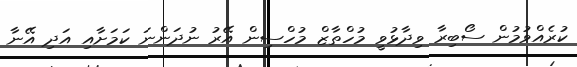
ކުރެއްވުމުން ސޯބިރާ ވިދާޅުވީ މުހްތާޒް މުހްސިން އޭރު ނުދަންނަ ކަމަށާއި އަދި އޭނާ